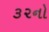
૩૨નો